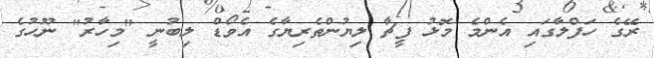
ރޭގެ ހަފްލާގައި އެންމެ މޮޅު ފީޗާ ލިޔުންތެރިޔާގެ އެވޯޑް ލިބުނީ "މިހާރު" ނޫހުގެ